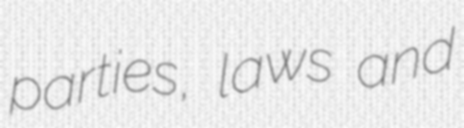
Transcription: parties, laws and